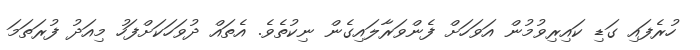
ހުރެފައި ގަޑި ކައިރިވުމުން އަވަހަށް ފެންވަރާލައިގެން ނިކުތެވެ. އެތައް ދުވަހަކަށްފަހު މިއަދު ފުރަތަމަ